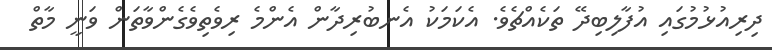
ދިރިއުޅުމުގައި އުފާލިބިދޭ ތަކެއްޗެވެ. އެކަމަކު އެނބުރިދާން އެންމެ ރިވެތިވެގެންވާތަން ވަނީ މާތް